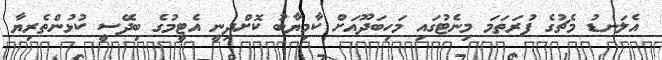
އެލަނޑު މެޗުގެ ފުަރަތަމަ މިނެޓުގައި މަހިބަދޫއަށް ކާމިޔާބު ކޮށްދިނީ އެޓީމުގެ ބިދޭސީ ކުޅުންތެރިޔާ